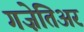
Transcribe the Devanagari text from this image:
गज़ेतिअर